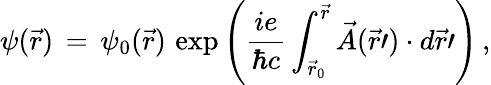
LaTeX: \psi(\vec{r})\, =\, \psi_{0}(\vec{r})\, \exp\left(\frac{ie}{\hbar c}\int_{{\vec{r}}_{0}}^{\vec{r}}\vec{A}(\vec{r}\prime)\cdot d\vec{r}\prime\right)\, ,